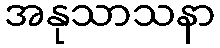
အနုသာသနာ